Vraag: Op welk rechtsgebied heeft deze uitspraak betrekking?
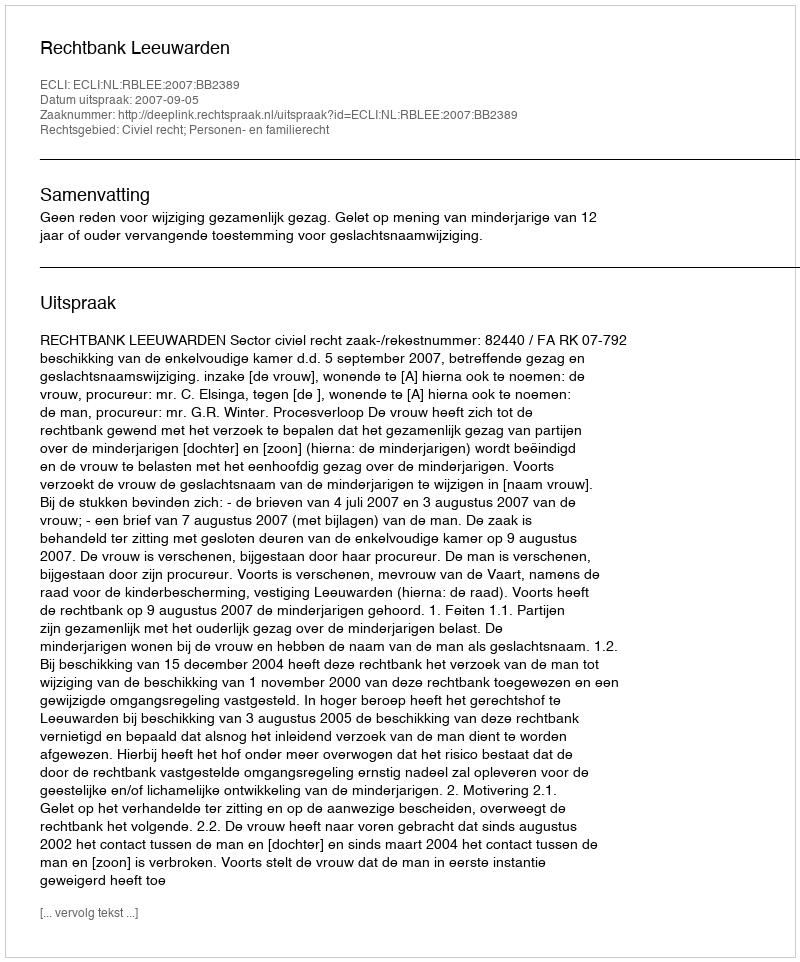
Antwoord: Civiel recht; Personen- en familierecht